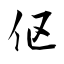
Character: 伛